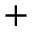
+